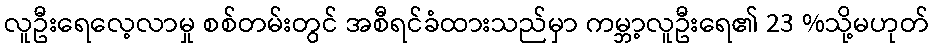
လူဦးရေလေ့လာမှု စစ်တမ်းတွင် အစီရင်ခံထားသည်မှာ ကမ္ဘာ့လူဦးရေ၏ 23 %သို့မဟုတ်